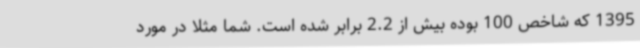
1395 که شاخص 100 بوده بیش از 2.2 برابر شده است. شما مثلا در مورد